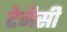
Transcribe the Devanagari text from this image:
टेनैसी